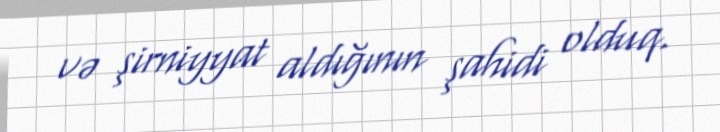
və şirniyyat aldığının şahidi olduq.